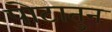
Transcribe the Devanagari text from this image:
पोटातुन